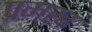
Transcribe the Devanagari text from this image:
प्रमख